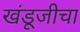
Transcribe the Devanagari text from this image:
खंडूजीचा